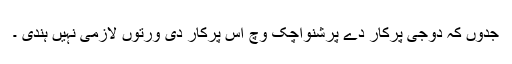
جدوں کہ دوجی پرکار دے پرشنواچک وچ اس پرکار دی ورتوں لازمی نہیں ہندی ۔